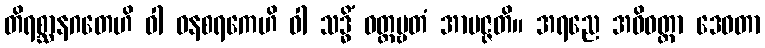
တိရစ္ဆာနဂတေဟိ ဝါ ဝနစရကေဟိ ဝါ သဒ္ဓိံ ဝတ္တဗ္ဗတံ အာပဇ္ဇတိ။ အရညေ အဓိဝတ္ထာ ဒေဝတာ